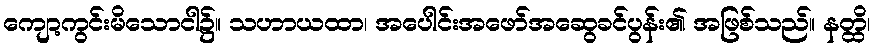
ကျော့ကွင်းမိသောငါ၌။ သဟာယထာ၊ အပေါင်းအဖော်အဆွေခင်ပွန်း၏ အဖြစ်သည်။ နတ္ထိ၊